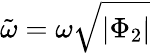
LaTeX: \tilde{\omega}=\omega\sqrt{|\Phi_{2}|}